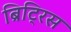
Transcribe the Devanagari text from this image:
ब्रिट्रिस